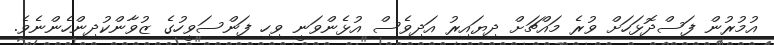
އުމުރުން ފަސްދޮޅަހަށް ވުރެ މައްޗަށް ދިޔައިރު އަދިވެސް އުޅެންވަނީ ވިހި ފަންސަވީހުގެ ޒުވާންކުދިންހެންނެވެ.